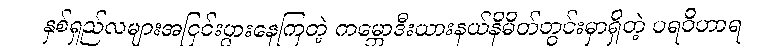
နှစ်ရှည်လများအငြင်းပွားနေကြတဲ့ ကမ္ဘောဒီးယားနယ်နိမိတ်တွင်းမှာရှိတဲ့ ပရဝိဟာရ